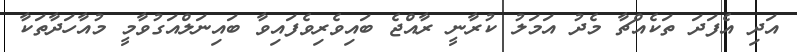
އަދި އެފަދަ ތަކެއްޗާ މެދު އަމަލު ކުރާނީ ރާއްޖެ ބައިވެރިވެފައިވާ ބައިނަލްއަގުވާމީ މުއާހަދާތަކާ